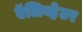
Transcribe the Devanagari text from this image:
ऍलिव्हेटर